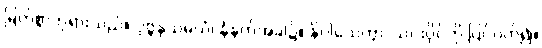
မြတ်စွာဘုရားသည်။ ပုဗ္ဗနှသမယံ၊ နံနက်အခါ၌။ နိဝါသေတွာ၊ သင်းပိုင်ကို ပြင်ဝတ်၍။